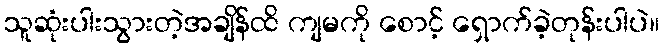
သူဆုံးပါးသွားတဲ့အချိန်ထိ ကျမကို စောင့် ရှောက်ခဲ့တုန်းပါပဲ။